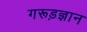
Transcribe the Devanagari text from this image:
गरूड़ज्ञान